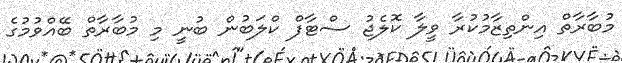
މުބާރާތް އިންތިޒާމުކުރާ ވީލާ ކޮލެޖު ސްޓާފް ކްލަބުން ބުނީ މި މުބާރާތް ބޭއްވުމުގެ